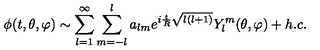
\phi ( t , \theta , \varphi ) \sim \sum _ { l = 1 } ^ { \infty } \sum _ { m = - l } ^ { l } a _ { l m } e ^ { i \frac { t } { R } \sqrt { l ( l + 1 ) } } Y _ { l } ^ { m } ( \theta , \varphi ) + h . c .